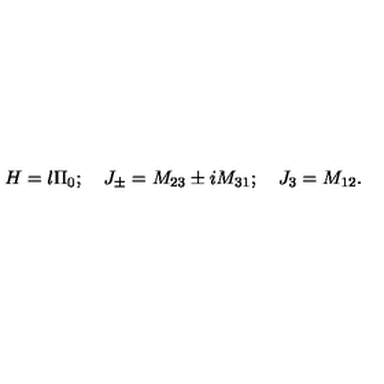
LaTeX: H = l \Pi _ { 0 } ; \quad J _ { \pm } = M _ { 2 3 } \pm i M _ { 3 1 } ; \quad J _ { 3 } = M _ { 1 2 } .